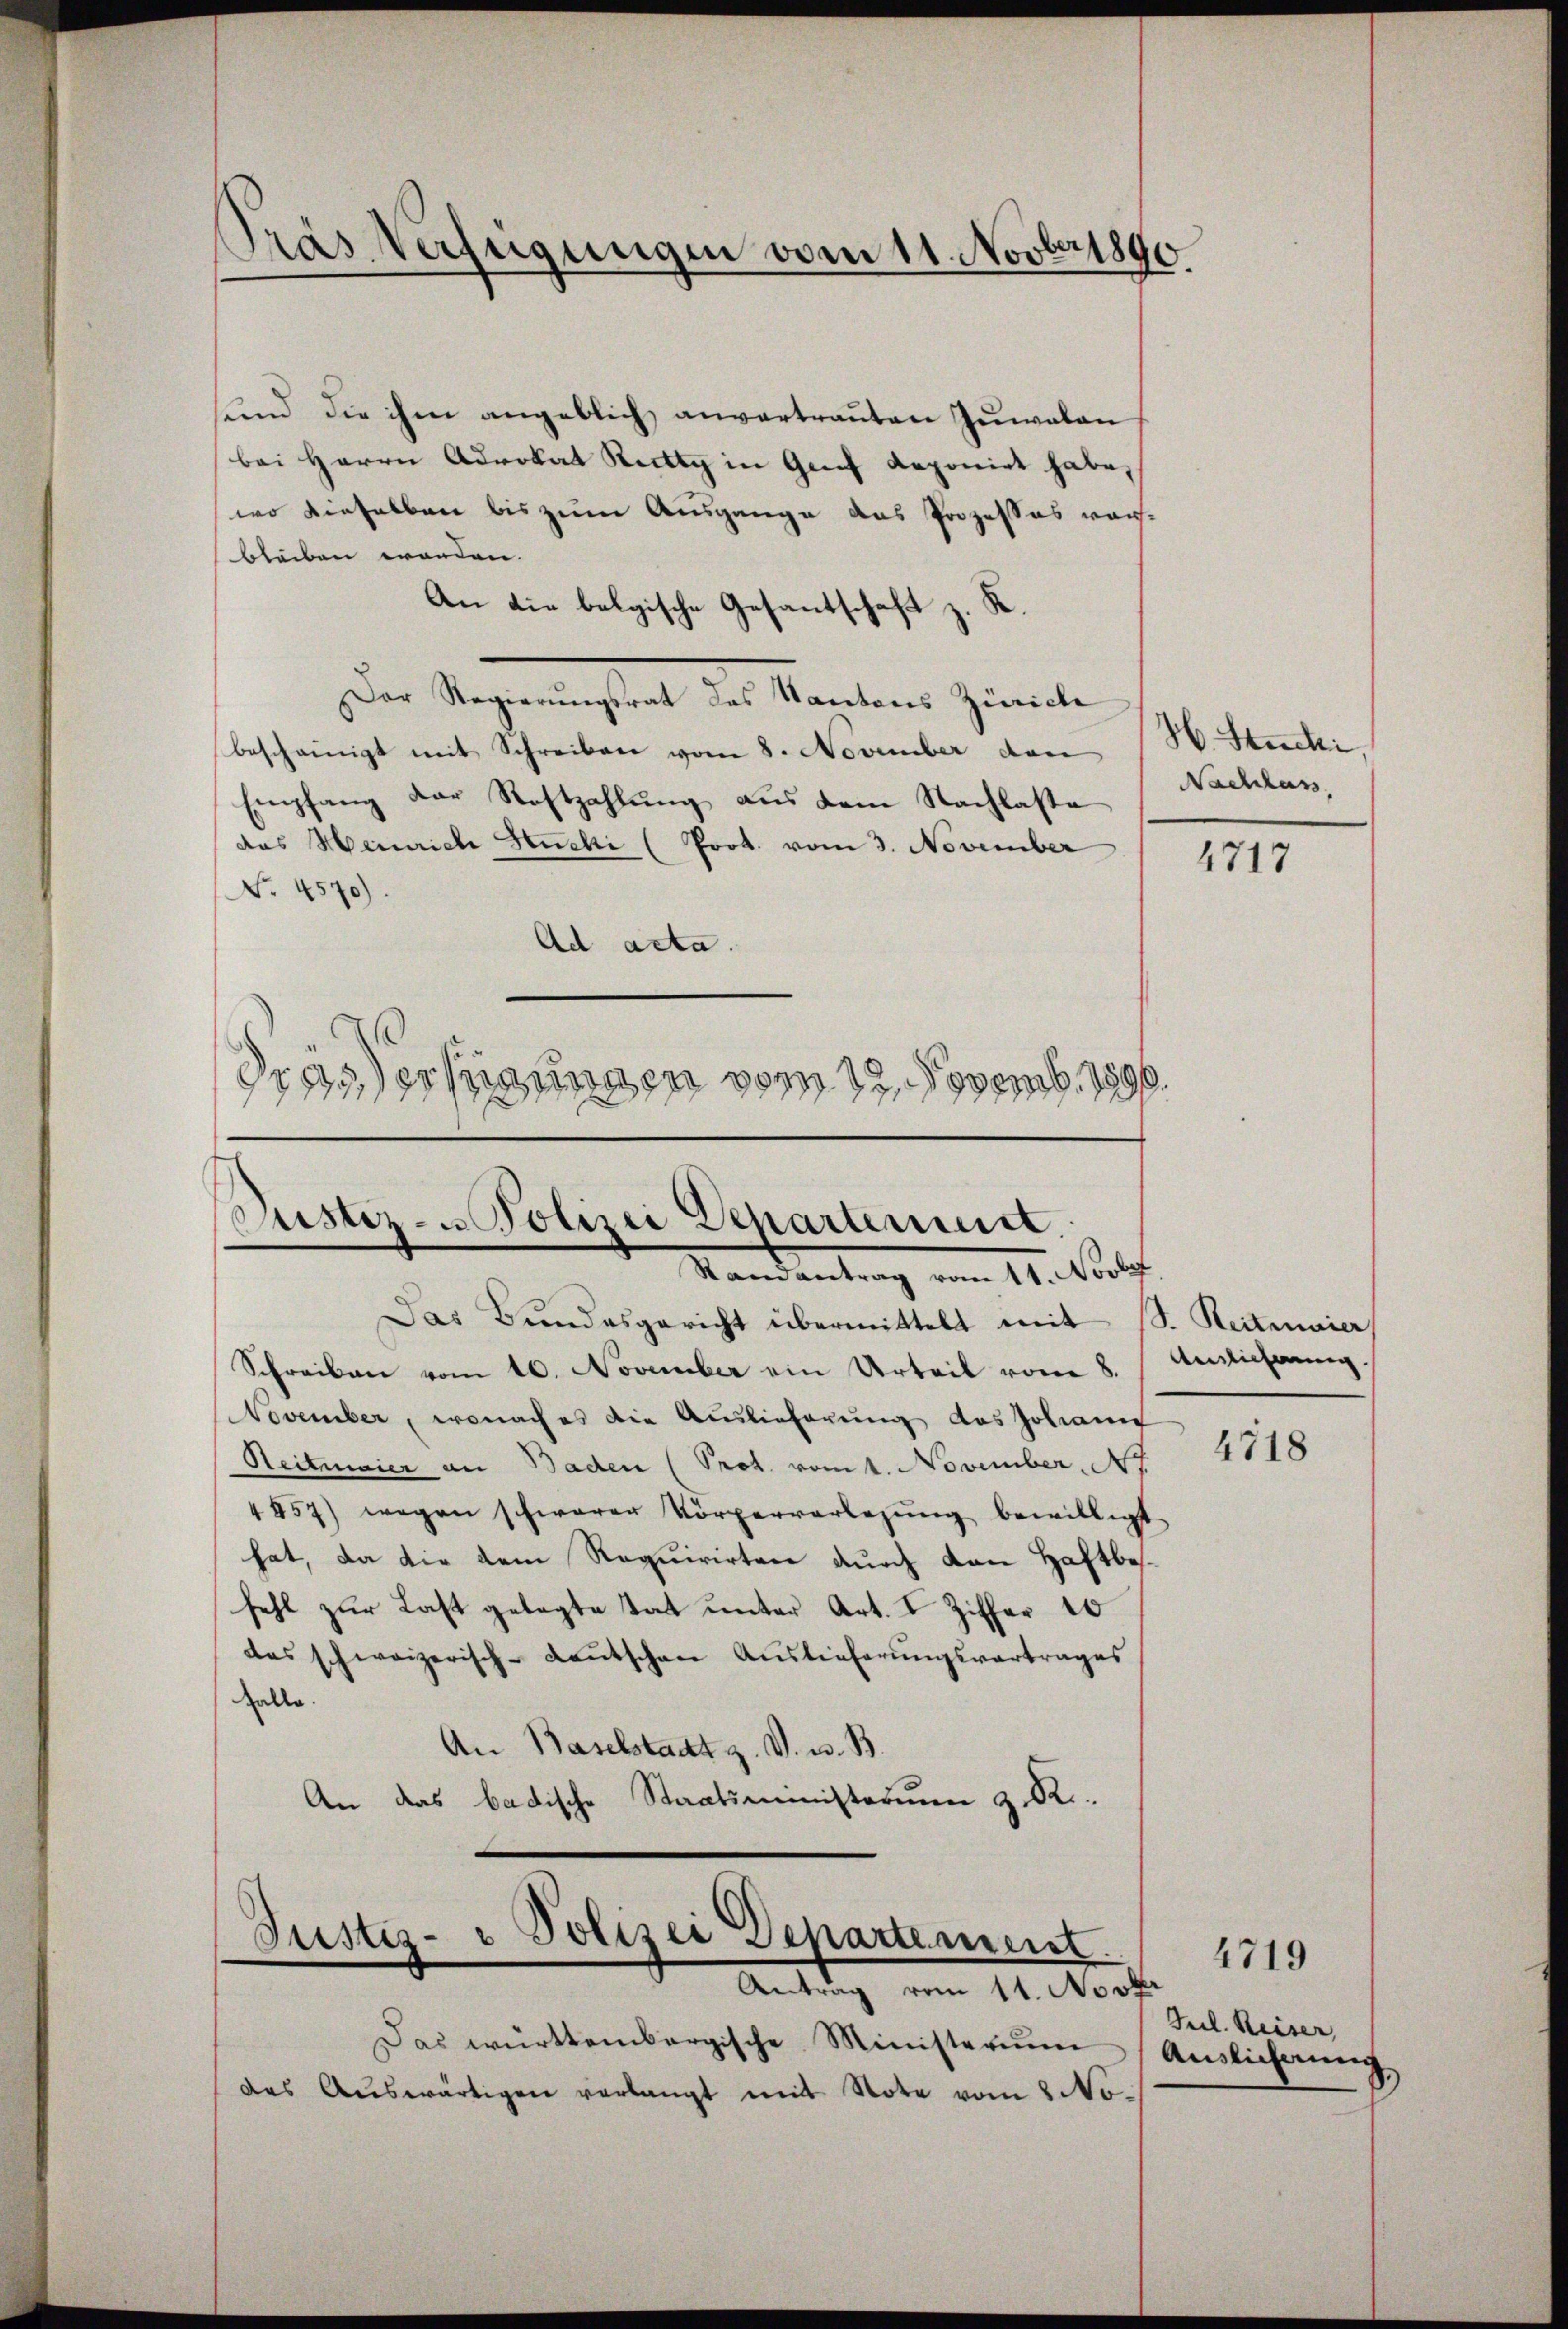
Pras Verfügungen vom 11. Novber 1890

sind die ihm angeblich anvertrauten Zuwalan
bei Herrn Advokat Rutty in Genf deponirt habe,
wo dieselben bis zum Ausgange das Prozesses vorbleiben worden.
An die belgische Gesantschaft z. R.
Der Regierungsrat des Kantons Zürich
bescheinigt mit Schreiben vom 8. November den
Empfang der Rastzahlung aus dem Nachlaste
das Heinrich Huchi (Prot. vom 3. November
No. 4570).
Ad acta.
drossersagungen vom 12. Novemb. 1890.

Justiz- u Polizei Departement.
Randantrag vom 11. Nove

Das Bundesgericht übermittelt mit S. Reitmaier
Schreiben vom 10. November ein Urteil vom 8.
November, wonach es die Auslieferung des Johann
Reitmaier an Baden (Prot. vom 1. November, 7.
4457) wegen schwerer Körperverlegŭng bewilligt
hat, da die dem Requirirten durch den Haftbefehl zur Last gelegte Tat unter Art. I Ziffer 10
das schweizerisch-deutschen Auslieferungsvertrages
Zelle.
An Baselstadt z. V. u. B.
An das badische Staatsministerium z. R.

Justiz- & Polizei Departement.
Antrag vom 11. Novt

Das württembergische Ministerium
das Auswärtigen verlangt mit Note vom 8 No¬

H. Stucki,
Nachlass,

4717

Annlicherung

4718

Jul. Reiser,
Auslichnung

4719